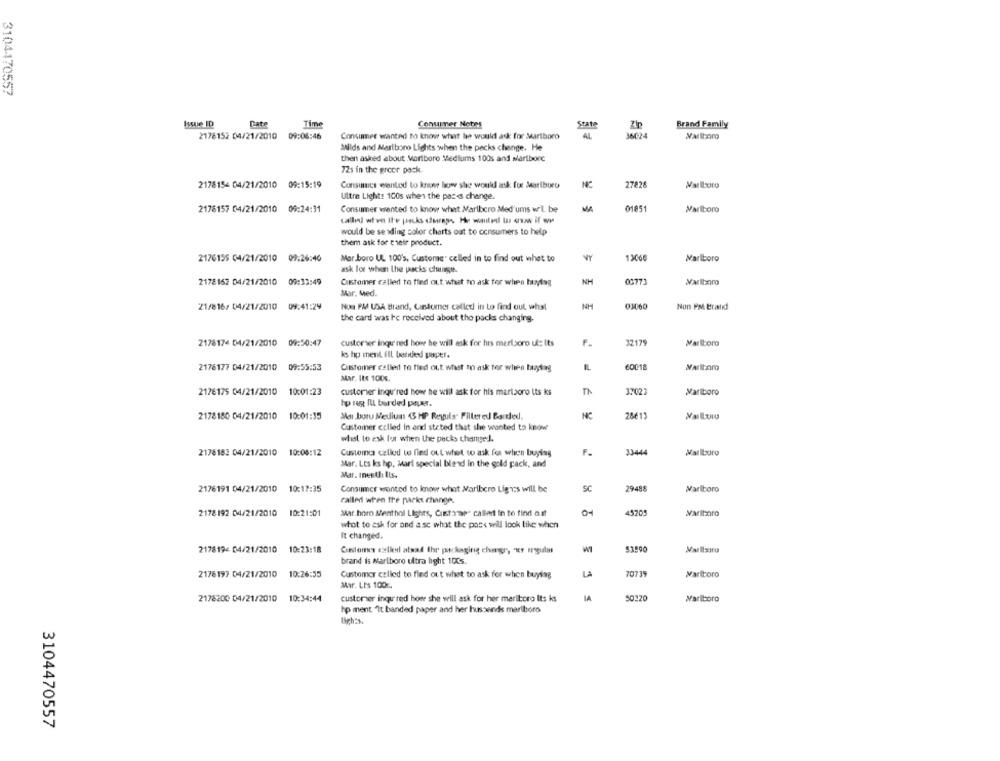
3104470557
Issue ID
Date
Conuimer Notes
State
Time
Brand Family
2178152 04/21/2010 09:08:46
Consumer wanted to know what he would ask for Marlboro
AL
36024
Milds and Marlboro Lights when the packs change. He
then asked about Marlboro Mediums 100s and wartbore
72s in the greer pack.
2178154 04/21/2010 09:15:19
Consumes wanted to krone how she would ask for Marlboro
NC
27828
Ultra Light: 100s when the pases change.
2178157 04/21/2010 09:24:31
Consumer wanted to know what Marlboro Med'ums w'L be
MA
01851
Marlboro
called when It's packs dannys He wanted to www if w
would be se ading color charts out to consumers to help
them ask for their product.
2176155 04/21/2010 09:26:40
Mar.boro UL. 100's, Customs" celled in to find out what to
VY
1306€
Marlboro
ask for when the packs change.
2178162 04/21/2010 00:33:49
Customer called to fled out what to ask for when buying
NM
00771
Marlboro
Mar. Med.
No PM USA Brand, Candorner called in to find out what
NH
21/816/ 04/21/2010 09:41:29
03060
Non PM Brand
the card was Ie received about the packs changing.
2178174 04/21/2010 09:50:47
custorwer inqu' red home he will ask for his merlaoro ul: Its
32171
Marlboro
ks hp ment fll beredd paper.
IL
6001
Marlboro
2178177 04/21/2010 09:55:53
Cistomer called to find out what to ask for when baytag
Mar. Its 100€,
2176175 04/21/2010 10:01:23
customer inqu'red how he will ask for his martaoro its ks
37027
Marlboro
hp reg IL barded puer.
2178180 04/21/2010 10:01:35
Me buru Mediuns 45 HP Reguls" Filtered Barred,
NIC
28613
Customer called in and stated that she wanted to know
wet to ask for when the packs changed.
2178183 04/21/2010 10:06:12
Customer called to find out whet to ask for when buying
F.
3344
Mallloro
Mar. Lts ks hp, Jarl special blend in the gold pack, and
Mar. menth Ils.
2176191 04/21/2010 10:17:35
SC
29488
Consumer wanted to know what Marlboro Lig vis will be
Marlboro
called when the packs change.
4570
2178192 04/21/2010 10:21:01
Mar. horo Menthol Lights, Cistone callari in to find out
whot to ask for and a sc what the poss will look like when
It changed.
2178194 04/21/2010 10:23:18
WT
$1590
Cantores eztkeil alsad thr packaging changer, ver reagulas
brand is Marlboro ultra light 100s.
2178197 04/21/2010 10:26:55
Customer called to find out what to ask for when buying
LA
7073
Marlboro
Mar. Lts 100c.
2178200 04/21/2010 10:34:44
customer inqu'red how she will ask for her marlboro Its ks
IA
Marlboro
hp ment "It banded paper and her husseinds marlboro
ligh:s.
3104470557